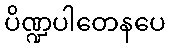
ပိဏ္ဍပါတေနပေ